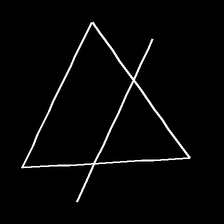
Glyph: empower